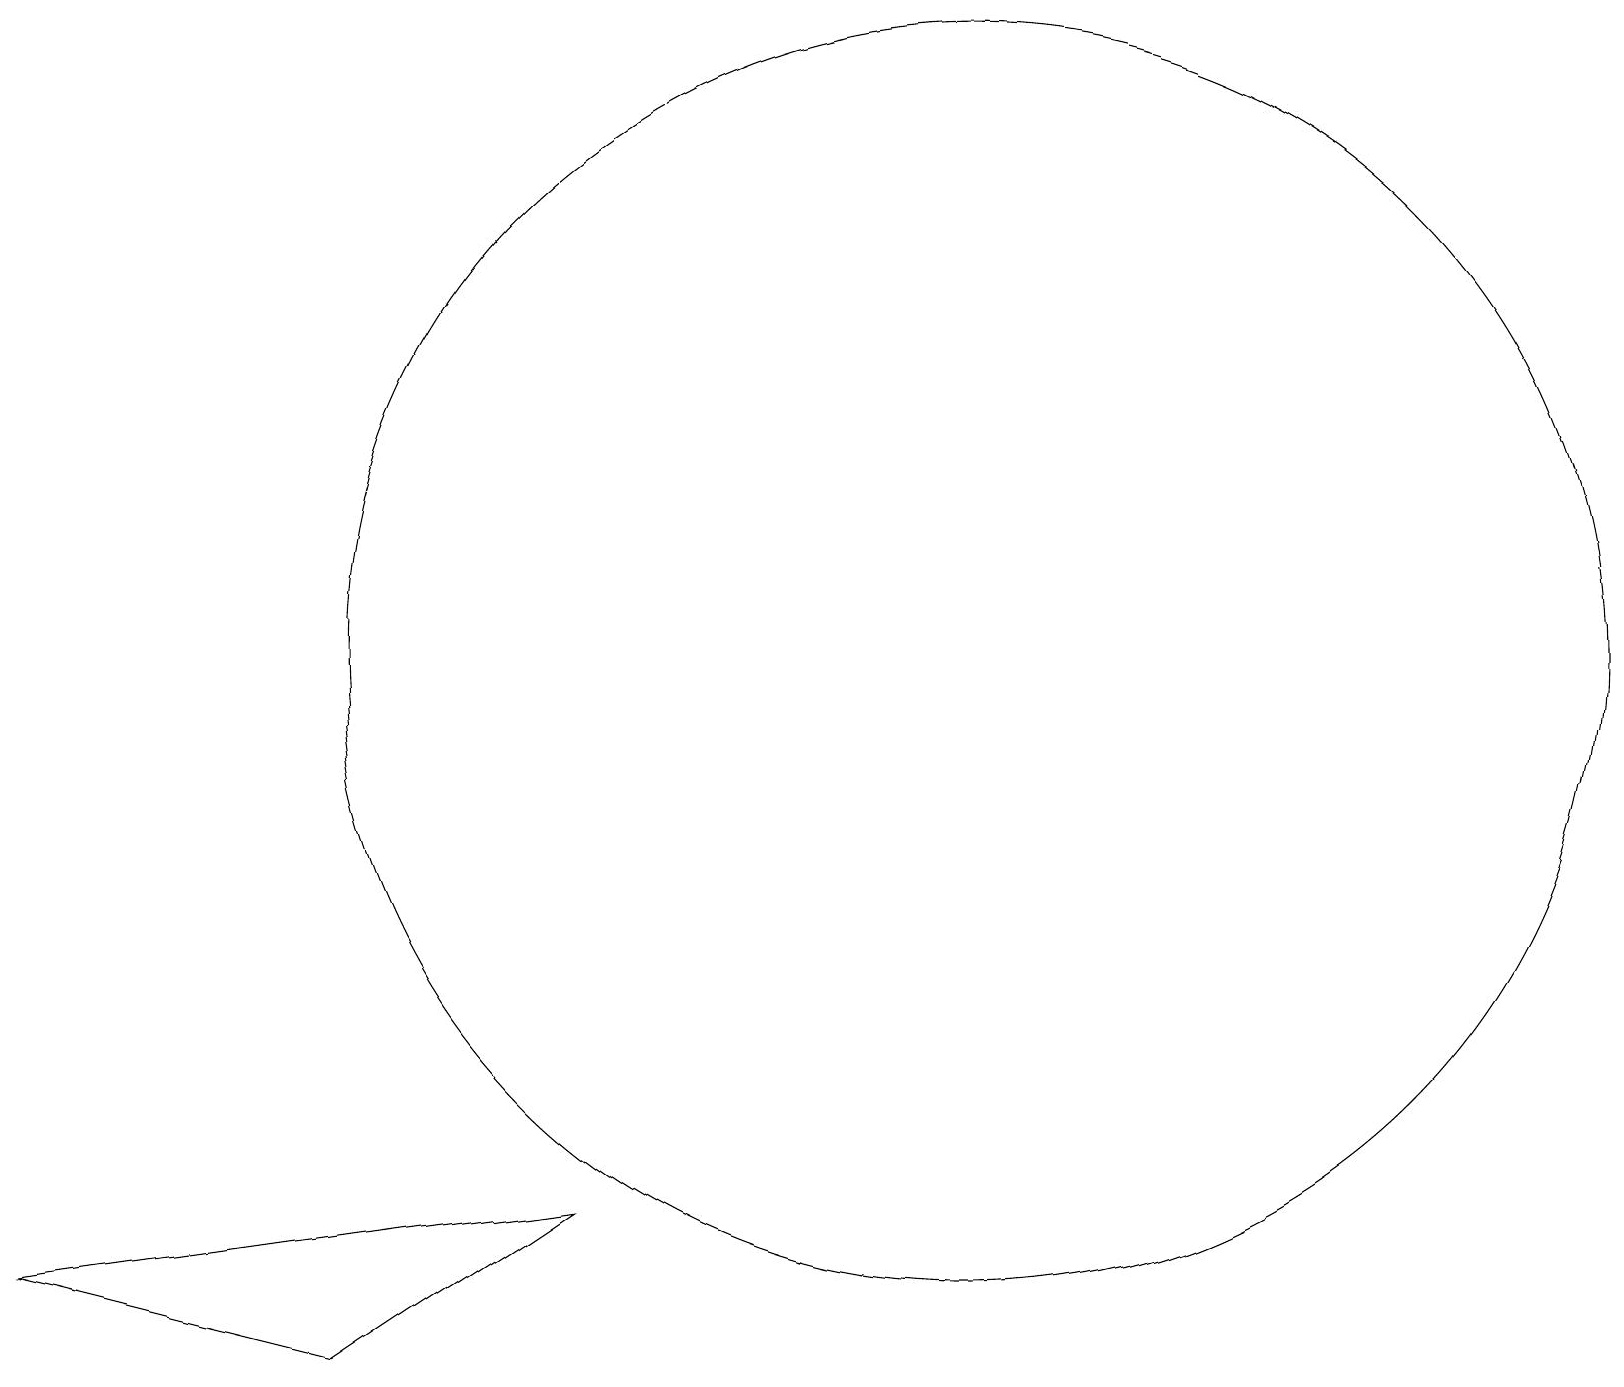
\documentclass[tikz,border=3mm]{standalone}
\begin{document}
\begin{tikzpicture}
\draw (11,10) circle (0);
\draw (11,10) circle (0);
\draw (4,3) -- (0,4) -- (7,5) -- cycle;
\draw (12,12) circle (8);
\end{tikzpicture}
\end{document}